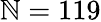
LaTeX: \mathbb{N}=119